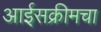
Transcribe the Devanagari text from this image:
आईसक्रीमचा